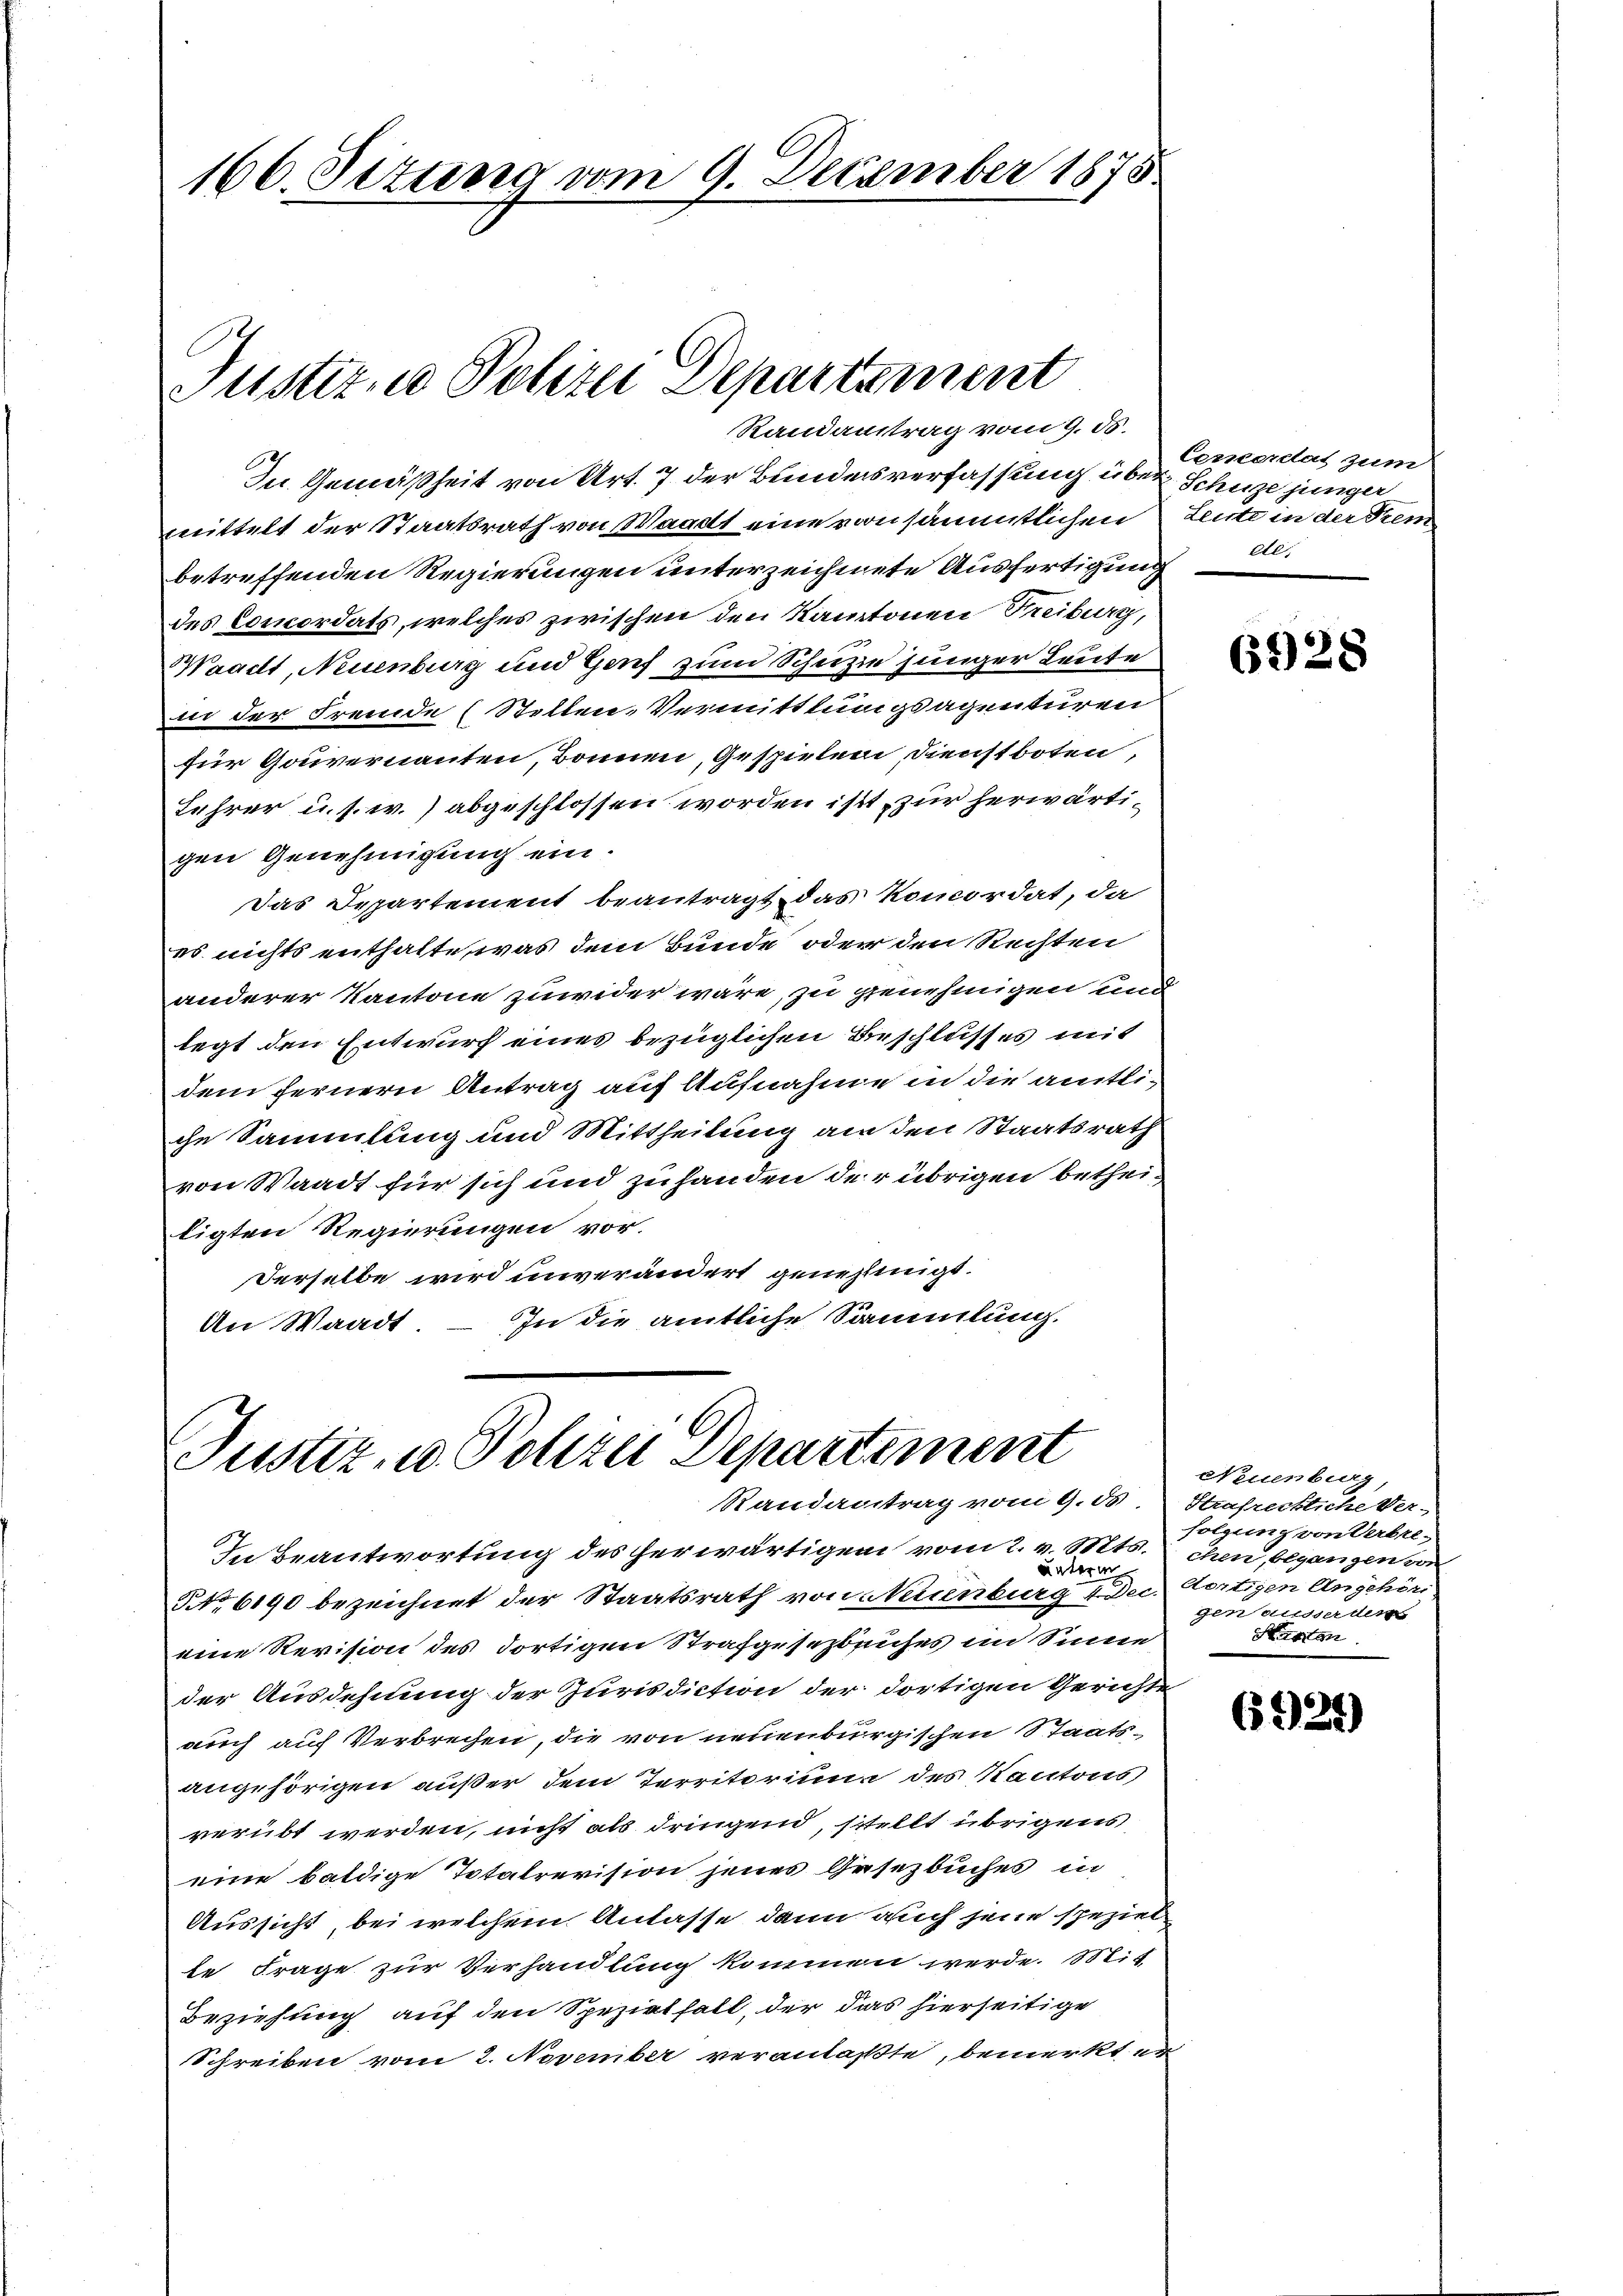
166. Setung vom 9. December 1873.

Justiz, u. Polizei Departement

Justiz, u. Polizei Departement
Randantrag vom 9. ds. Strafreckliche Ver-

Randantrag vom 9. ds.
In Gemäßheit von Art. 7 der Bundesverfassung über Schuze junger
mittelt der Staatsrath von Waadt eine von sämmtlichen
betreffenden Regierungen unterzeichnete Ausfertigung
des Concordats, welches zwischen den Kantonen Freiburg,
Waadt, Neuenburg und Genf zum Schutze junger Leute
in der Fremde (Stellen-Vermittlungsagenturen
für Gouvernanten, Bonnen, Gespielen, Dienstboten,
Lehrer u. s. w.) abgeschlossen worden ist, zur herwärtigen Genehmigung ein.
Das Departement beantragt das Koncordat, da
es nichts enthalte, was dem Bunde oder den Rechten
anderer Kantone zuwider wäre, zu genehmigen und
legt den Entwurf eines bezüglichen Beschlusses mit
dem fernern Antrag auf Aufnahme in die amtliche Sammlung und Mittheilung an den Staatsrath
von Waadt für sich und zuhanden der übrigen betheiligten Regierungen vor.
derselbe wird unverändert genehmigt.
An Waadt. – In die amtliche Sammlung.

unterm
NNo. 6190 bezeichnet der Staatsrath von Neuenburg 4 Dec. Certigen Angehöri

Cencerlas zum
Leute in der Frem
de,

In Beantwortung des herwärtigen vom 2. v. Mts.
eine Revision des dortigen Strafgesezbauhes im Sinne
der Ausdehnung der Jurisdiction der dortigen Gerichte
auch auf Verbrechen, die von neuenburgischen Staatsangehörigen außer dem Territorium des Kantons
verübt werden, nicht als dringend, stellt übrigens
eine baldige Totalrevision jenes Gesezbuches in
Aussicht, bei welchem Anlasse dann auch jene speziel
le Frage zur Verhandlung kommen werde. Mit
Beziehung auf den Spezialfall, der das hierseitige
Schreiben vom 2. November veranlaßte, bemerkt er

6928

Neuenburg,
folgung von Verbrechen, begangen von
gen ausserdens
Stasten

6921)